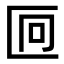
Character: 𫧒